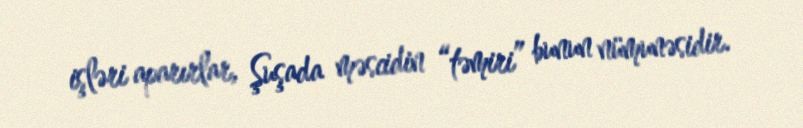
işləri aparırlar, Şuşada məscidin “təmiri” bunun nümunəsidir.